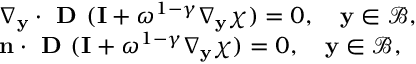
\begin{array} { r l } & { \nabla _ { \mathbf y } \cdot \textbf { D } ( \mathbf I + \omega ^ { 1 - \gamma } \nabla _ { \mathbf y } \boldsymbol { \chi } ) = 0 , \quad \mathbf y \in \mathcal B , } \\ & { \mathbf n \cdot \textbf { D } ( \mathbf I + \omega ^ { 1 - \gamma } \nabla _ { \mathbf y } \boldsymbol { \chi } ) = 0 , \quad \mathbf y \in \mathcal B , } \end{array}